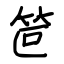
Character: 笸